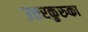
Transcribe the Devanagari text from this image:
उत्तरकुरुका